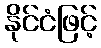
နိုင်ငံဖြင့်